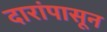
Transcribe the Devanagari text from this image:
दारांपासून